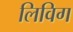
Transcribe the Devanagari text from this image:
लिविग